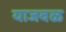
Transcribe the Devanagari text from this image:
याजवळ